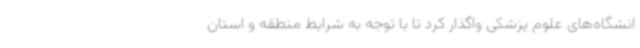
انشگاه‌های علوم پزشکی واگذار کرد تا با توجه به شرایط منطقه و استان